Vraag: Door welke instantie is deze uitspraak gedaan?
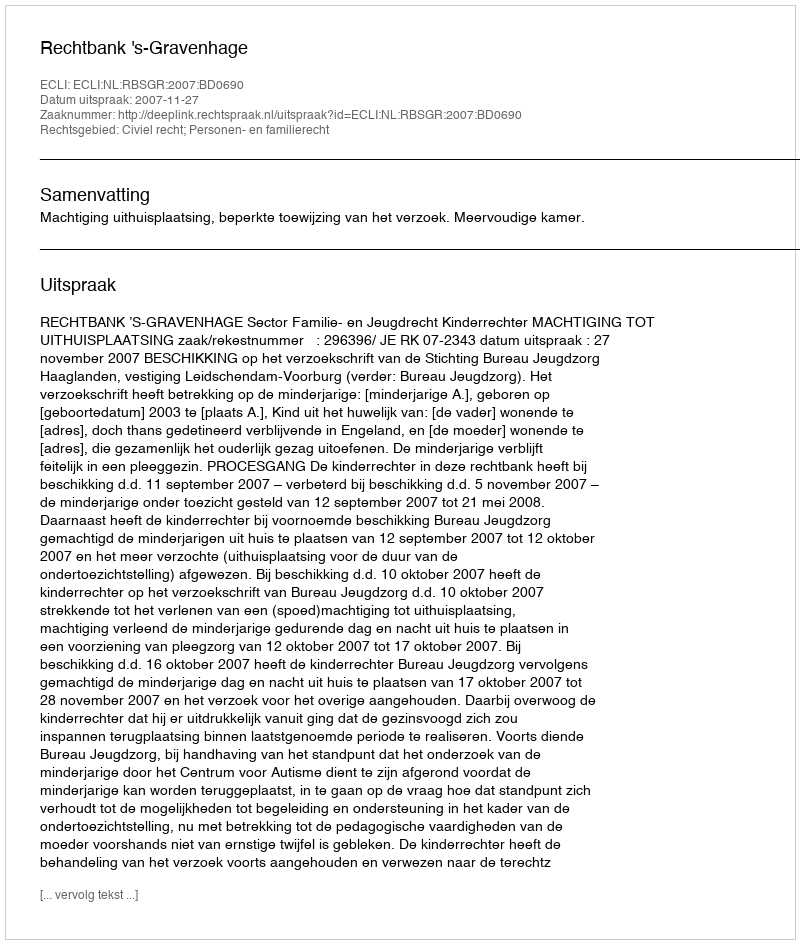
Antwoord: Rechtbank 's-Gravenhage